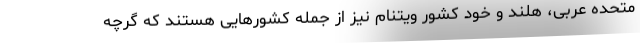
متحده عربی، هلند و خود کشور ویتنام نیز از جمله کشورهایی هستند که گرچه